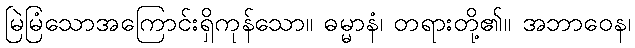
မြဲမြံသောအကြောင်းရှိကုန်သော။ ဓမ္မာနံ၊ တရားတို့၏။ အဘာဝေန၊